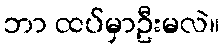
ဘာ ထပ်မှာဦးမလဲ။